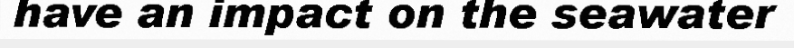
have an impact on the seawater